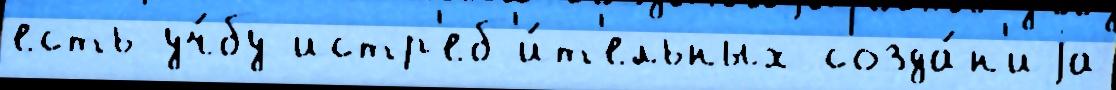
есть уч́бу истр'еб'и́т'ельных созда́н'иjа